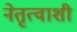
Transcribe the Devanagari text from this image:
नेतृत्वाशी